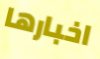
اخبارها